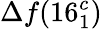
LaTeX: \Delta f(16_{1}^{c})